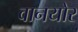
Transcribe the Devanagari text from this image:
वानयोर